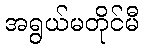
အရွယ်မတိုင်မီ